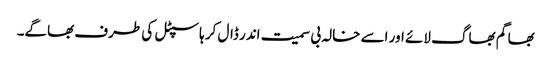
بھاگم بھاگ لائے اور اسے خالہ بی سمیت اندر ڈال کر ہاسپٹل کی طرف بھاگے۔